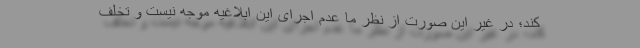
کند؛ در غیر این صورت از نظر ما عدم اجرای این ابلاغیه موجه نیست و تخلف